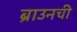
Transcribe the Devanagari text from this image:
ब्राउनची